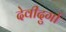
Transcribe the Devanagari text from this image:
देवीदुर्गा